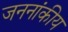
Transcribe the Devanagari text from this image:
जननांकीय